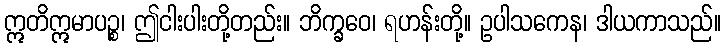
ဣတိဣမာပဉ္စ၊ ဤငါးပါးတို့တည်း။ ဘိက္ခဝေ၊ ရဟန်းတို့။ ဥပါသကေန၊ ဒါယကာသည်။